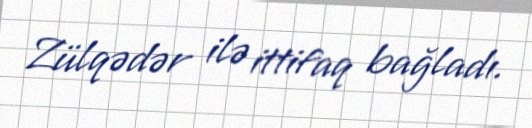
Zülqədər ilə ittifaq bağladı.